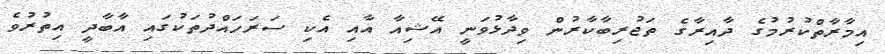
އިމާރާތްކުރުމުގެ ދާއިރާގެ ތަޖުރިބާކާރުން ވިދާޅުވަނީ އޭޝިއާ އާއި އެކި ސަރަހައްދުތަކުގައި އާބާދީ އިތުރުވެ